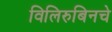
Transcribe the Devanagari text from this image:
विलिरुबिनचे